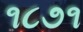
૧૮૭૧